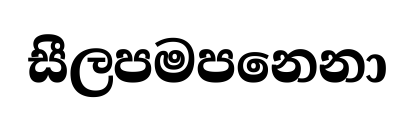
සීලපමපනෙනා